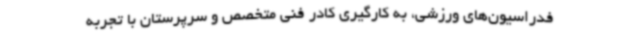
فدراسیون‌های ورزشی، به کارگیری کادر فنی متخصص و سرپرستان با تجربه